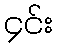
၄င်း